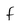
Character: f